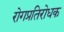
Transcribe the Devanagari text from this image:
रोगप्रतिरोधक